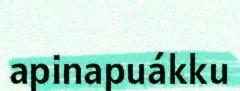
apinapuákku